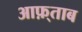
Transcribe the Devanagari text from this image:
आफ़्ताब